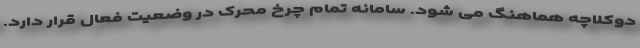
دوکلاچه هماهنگ می شود. سامانه تمام چرخ محرک در وضعیت فعال قرار دارد.